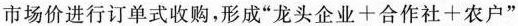
市场价进行订单式收购，形成”龙头企业十合作社+农户”